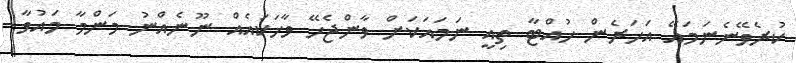
ކުރެވޭނެނަމައޭ އަހަރެން ހުއްޓާ ތިއީ ނަމައަކަށް ވާންޖެހޭ ވާހަކައެއް ނޫނެއްނު މަންމާ މައުވާ